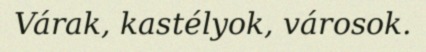
Várak, kastélyok, városok.